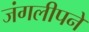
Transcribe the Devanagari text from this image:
जंगलीपने